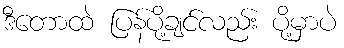
ဒီတောထဲ ပြန်ပို့ချင်လည်း ပို့မှာပဲ